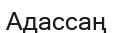
Адассаң